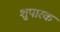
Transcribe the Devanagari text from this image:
शुपारक